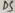
Text: D5